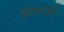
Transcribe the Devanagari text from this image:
क्रीमाइट